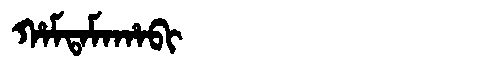
Manchu: ᡥᠠᠮᡨᠠᠮᠠᡥᠠᠪᡳ
Romanization: HAMTAMAHABI